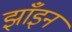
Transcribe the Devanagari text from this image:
झाँइन